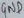
Text: GND